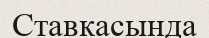
Ставкасында